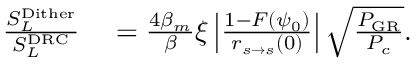
\begin{array} { r l } { \frac { S _ { L } ^ { \mathrm { D i t h e r } } } { S _ { L } ^ { \mathrm { D R C } } } } & { { } = \frac { 4 \beta _ { m } } { \beta } \xi \left| \frac { 1 - F ( \psi _ { 0 } ) } { r _ { s \rightarrow s } ( 0 ) } \right| \sqrt { \frac { P _ { \mathrm { G R } } } { P _ { c } } } . } \end{array}